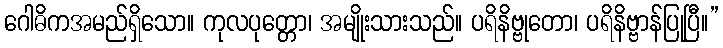
ဂေါဓိကအမည်ရှိသော။ ကုလပုတ္တော၊ အမျိုးသားသည်။ ပရိနိဗ္ဗုတော၊ ပရိနိဗ္ဗာန်ပြုပြီ။”